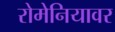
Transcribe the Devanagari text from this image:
रोमेनियावर